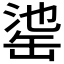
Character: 𦈳